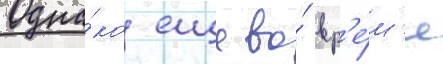
Одна́ко еще во́ вр'е́м'я